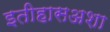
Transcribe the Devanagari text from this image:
इतीहासअशा